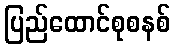
ပြည်ထောင်စုစနစ်